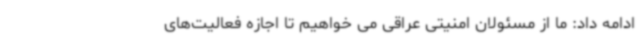
ادامه داد: ما از مسئولان امنیتی عراقی می خواهیم تا اجازه فعالیت‌های